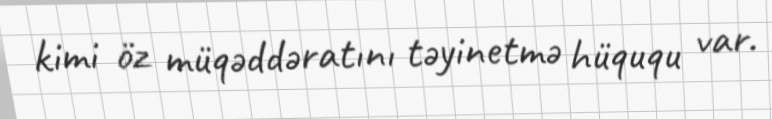
kimi öz müqəddəratını təyinetmə hüququ var.